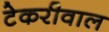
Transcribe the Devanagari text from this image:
टेकरीवाल